Annual report of lunatic asylums [Bombay] - 1912-1922
Year: 1912
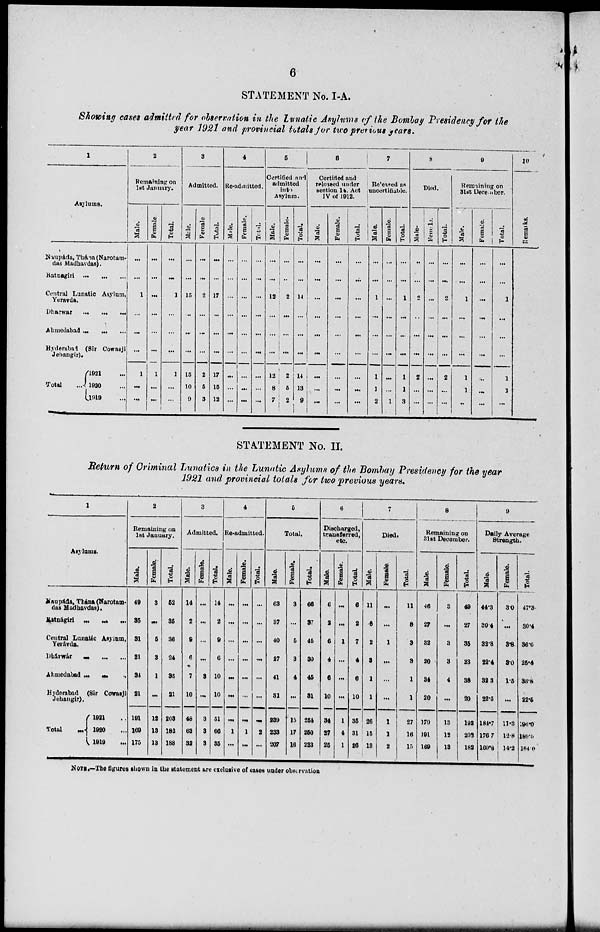
6
STATEMENT No. I-A.
Showing cases admitted for observation in the Lunatic Asylums of the Bombay Presidency for the
year 1921 and provincial totals for two previous years.
1
Asylums.
Naupáda, Thána (Narotam-
das Madhavdas).
Ratnagiri
...
...
...
Central Lunatic Asylum,
Yeravda.
Dharwar ... ... ...
Ahmedabad ... ... ...
Hyderabad (Sir Cowasji
Jehangir).
Total
...
1921 ...
1920 ...
1919 ...
2
Remaining on
1st January.
Male.
...
...
1
...
...
...
1
...
...
Female
...
...
...
...
...
...
1
...
...
Total.
...
...
1
...
...
...
1
...
...
3
Admitted.
Male.
...
...
15
...
...
...
15
10
9
Female
...
...
2
...
...
...
2
5
3
Total.
...
...
17
...
...
...
17
15
12
4
Re-admitted.
Male.
...
...
...
...
...
...
...
...
...
Female.
...
...
...
...
...
...
...
...
...
Total.
...
...
...
...
...
...
...
...
...
5
Certified and
admitted
into
Asylum.
Male.
...
...
12
...
...
...
12
8
7
Female.
...
...
2
...
...
...
2
5
2
Total.
...
...
14
...
...
...
14
13
9
6
Certified and
relcased under
section 14. Act
IV of 1912.
Male.
...
...
...
...
...
...
...
...
...
Female.
...
...
...
...
...
...
...
...
...
Total.
...
...
...
...
...
...
...
...
...
7
Released as
uncertifiable.
Male.
...
...
1
...
...
...
1
1
2
Female.
...
...
...
...
...
...
...
...
1
Total.
...
...
1
...
...
...
1
1
3
8
Died.
Male.
..
...
2
...
...
...
2
...
...
Female.
...
...
...
...
...
...
...
...
...
Total.
...
...
2
...
...
...
2
...
...
9
Remaining on
31st December.
Male.
...
...
1
...
...
...
1
1
...
Female.
...
...
...
...
...
...
...
...
...
Total.
...
...
1
...
...
...
1
1
...
10
Remarks.
STATEMENT No. II.
Return of Criminal Lunatics in the Lunatic Asylums of the Bombay Presidency for the year
1921 and provincial totals for two previous years.
1
Asylums.
Naupáda, Thána (Narotam-
das Madhavdas).
Ratnágiri ... ... ...
Central Lunatic Asylum,
Yerávda.
Dhárwár
...
...
...
Ahmedabad
...
...
Hyderabad (Sir Cowasji
Jehangir).
Total
...
1921 ...
1920 ...
1919 ...
2
Remaining on
1st January.
Male.
49
35
31
21
34
21
191
169
175
Female.
3
...
6
3
1
...
12
13
13
Total.
62
35
36
24
35
21
203
182
188
3
Admitted.
Male.
14
2
9
6
7
10
48
63
32
Female.
...
...
...
...
3
...
3
3
3
Total.
14
2
9
6
10
10
51
66
36
4
Re-admitted.
Male.
...
...
...
...
...
...
...
1
...
Female.
...
...
...
...
...
...
...
1
...
Total.
...
...
...
...
...
...
...
2
...
5
Total.
Male.
63
37
40
27
41
31
239
233
207
Female.
3
...
5
3
4
...
15
17
16
Total.
66
37
45
30
45
31
254
250
223
6
Discharged,
transferred,
etc.
Male.
6
2
6
4
6
10
34
27
25
Female.
...
...
1
...
...
...
1
4
1
Total.
6
2
7
4
6
10
35
31
26
7
Died.
Male.
11
8
2
3
1
1
26
15
13
Female.
...
...
1
...
...
...
1
1
2
Total.
11
8
3
3
1
1
27
16
15
8
Remaining on
31st December.
Male.
46
27
32
20
34
20
170
191
169
Female.
3
...
3
3
4
...
13
12
13
Total.
49
27
35
23
38
20
192
203
182
9
Daily Average
Strength.
Male.
44.3
30.4
32.8
22.4
32.3
22.5
184.7
176.7
169.8
Female.
3.0
...
3.8
3.0
1.5
...
11.3
12.8
14.2
Total.
47.3
30.4
36.6
25.4
38.8
22.5
196.0
189.5
184.0
NOTE.—The figures shown in the statement are exclusive of cases under observation